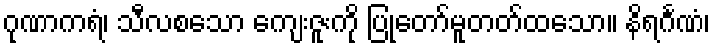
ဂုဏာကရံ၊ သီလစသော ကျေးဇူးကို ပြုတော်မူတတ်ထသော။ နိရင်္ဂဏံ၊